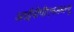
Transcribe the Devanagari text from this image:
आईपीपीएनडब्ल्यू